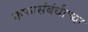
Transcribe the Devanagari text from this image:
कफासंबंधीच्या